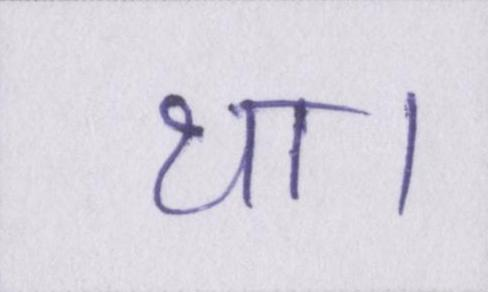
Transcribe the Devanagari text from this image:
था।